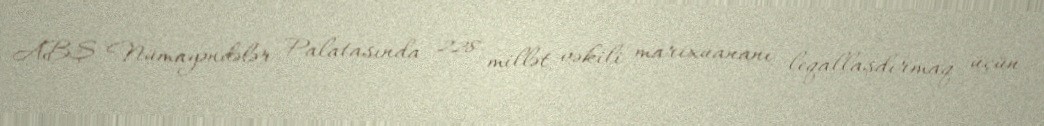
ABŞ Nümayəndələr Palatasında 228 millət vəkili marixuananı leqallaşdırmaq üçün